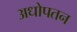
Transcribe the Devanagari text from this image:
अधोपतन